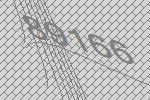
89166